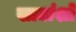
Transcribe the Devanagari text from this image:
खाद्यांशों